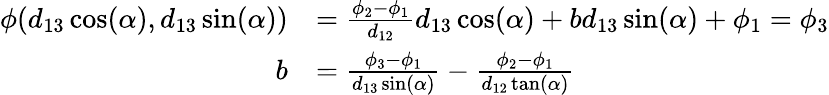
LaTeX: \begin{array}{rl}{\phi(d_{13}\cos(\alpha),d_{13}\sin(\alpha))}&{=\frac{\phi_{2}-\phi_{1}}{d_{12}}d_{13}\cos(\alpha)+bd_{13}\sin(\alpha)+\phi_{1}=\phi_{3}}\\ {b}&{=\frac{\phi_{3}-\phi_{1}}{d_{13}\sin(\alpha)}-\frac{\phi_{2}-\phi_{1}}{d_{12}\tan(\alpha)}}\end{array}